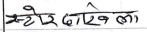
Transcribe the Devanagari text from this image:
स्टेर दखे काला)